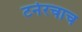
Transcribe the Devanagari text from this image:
टर्नरचाच